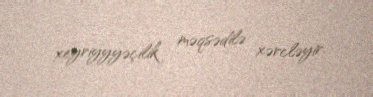
xeyriyyyəçilik məqsədilə xərcləyir.